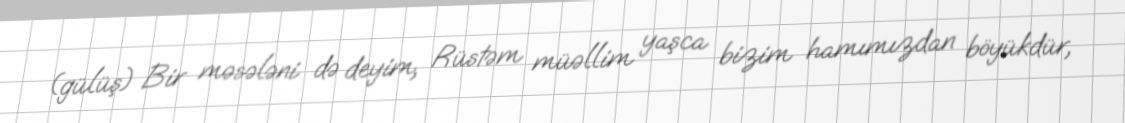
(gülüş) Bir məsələni də deyim, Rüstəm müəllim yaşca bizim hamımızdan böyükdür,